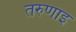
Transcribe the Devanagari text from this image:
तरुणाइ